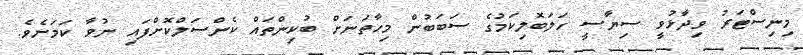
މިނިސްޓަރު ވިދާޅުވީ ސިޔާސީ ހަލަބޮލިކަމުގެ ސަބަބުން މިހާތަނަށް ބުކިންތައް ކެންސަލްކޮށްފައި ނުވާ ކަމަށެވެ.